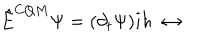
\hat { E } ^ { C Q M } \Psi = ( \partial _ { t } \Psi ) i \hbar \; \leftrightarrow \; \;